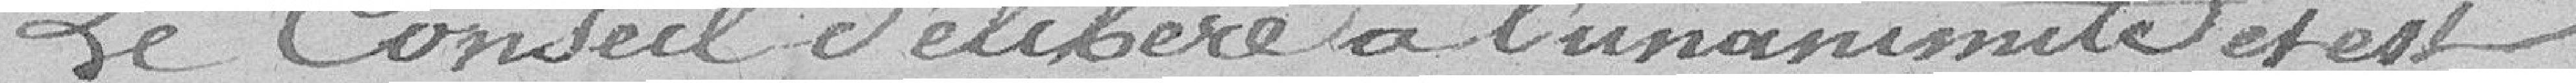
Le Conseil délibère à l'unanimité et est